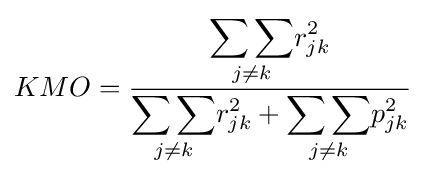
KMO={\frac {\displaystyle {\underset {j\neq k}{\sum \sum }}r_{jk}^{2}}{\displaystyle {\underset {j\neq k}{\sum \sum }}r_{jk}^{2}+{\underset {j\neq k}{\sum \sum }}p_{jk}^{2}}}